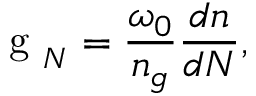
\mathrm { ~ g ~ } _ { N } = \frac { \omega _ { 0 } } { n _ { g } } \frac { d n } { d N } ,